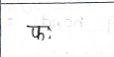
मजकूर: फः